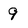
Character: 9